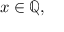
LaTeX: x \in \mathbb { Q } ,